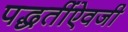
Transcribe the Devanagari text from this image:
पद्धतींऐवजी